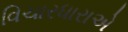
વિચારધારાએ